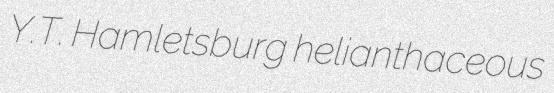
Y.T. Hamletsburg helianthaceous